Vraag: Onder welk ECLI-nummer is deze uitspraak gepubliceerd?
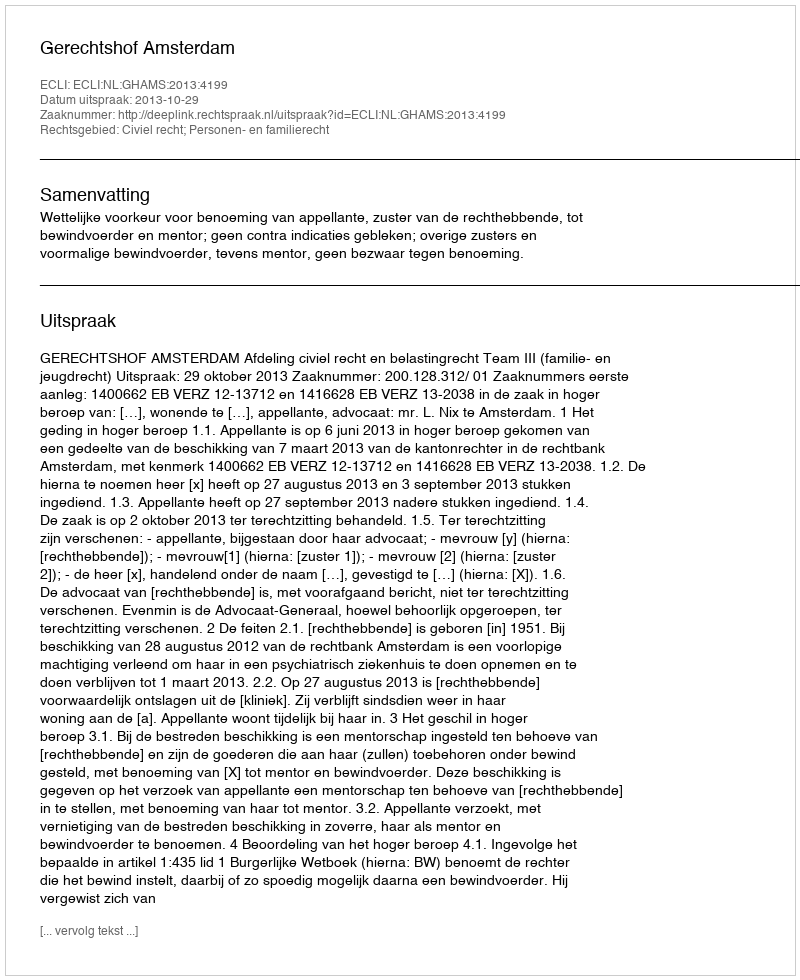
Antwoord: ECLI:NL:GHAMS:2013:4199